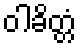
ဝါခိတ္တံ